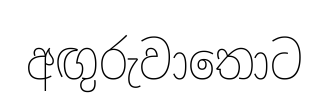
අඟුරුවාතොට